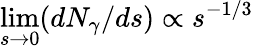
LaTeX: \operatorname*{lim}_{s\to 0}(dN_{\gamma}/ds)\propto s^{-1/3}